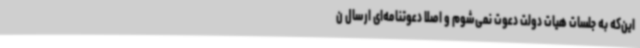
این‌که به جلسات هیات دولت دعوت نمی‌شوم و اصلا دعوتنامه‌ای ارسال ن